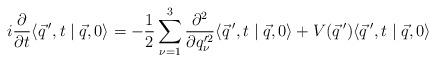
LaTeX: \begin{align*} i \frac{\partial}{\partial t} \langle \vec q\,',t\mid \vec q,0 \rangle = -\frac{1}{2} \sum_{\nu=1}^3 \frac{\partial^2}{\partial q'^2_{\nu}} \langle \vec q\,',t\mid \vec q,0 \rangle + V(\vec q\,') \langle \vec q\,',t\mid \vec q,0 \rangle\end{align*}